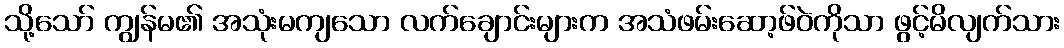
သို့သော် ကျွန်မ၏ အသုံးမကျသော လက်ချောင်းများက အသံဖမ်းဆော့ဖ်ဝဲကိုသာ ဖွင့်မိလျက်သား